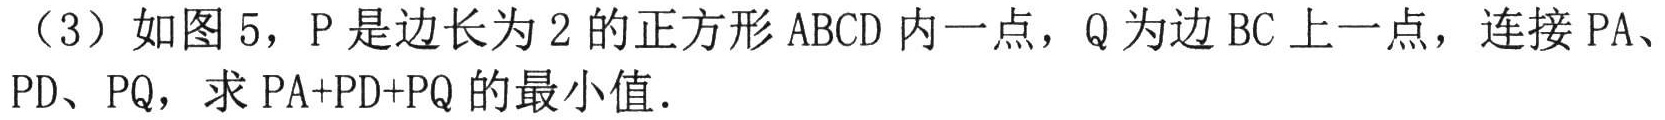
（3）如图 5，\(P\)是边长为\(2\)的正方形\(ABCD\)内一点，\(Q\)为边\(BC\)上一点，连接\(PA\)、
\(PD\)、\(PQ\)，求\(PA + PD+PQ\)的最小值．